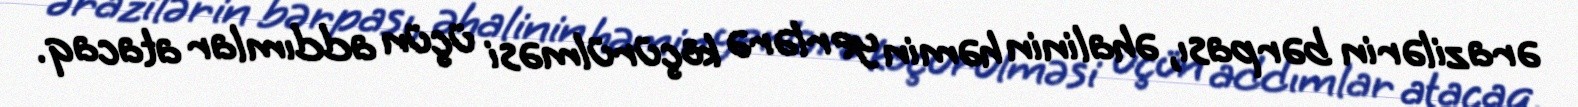
ərazilərin bərpası, əhalinin həmin yerlərə köçürülməsi üçün addımlar atacaq.